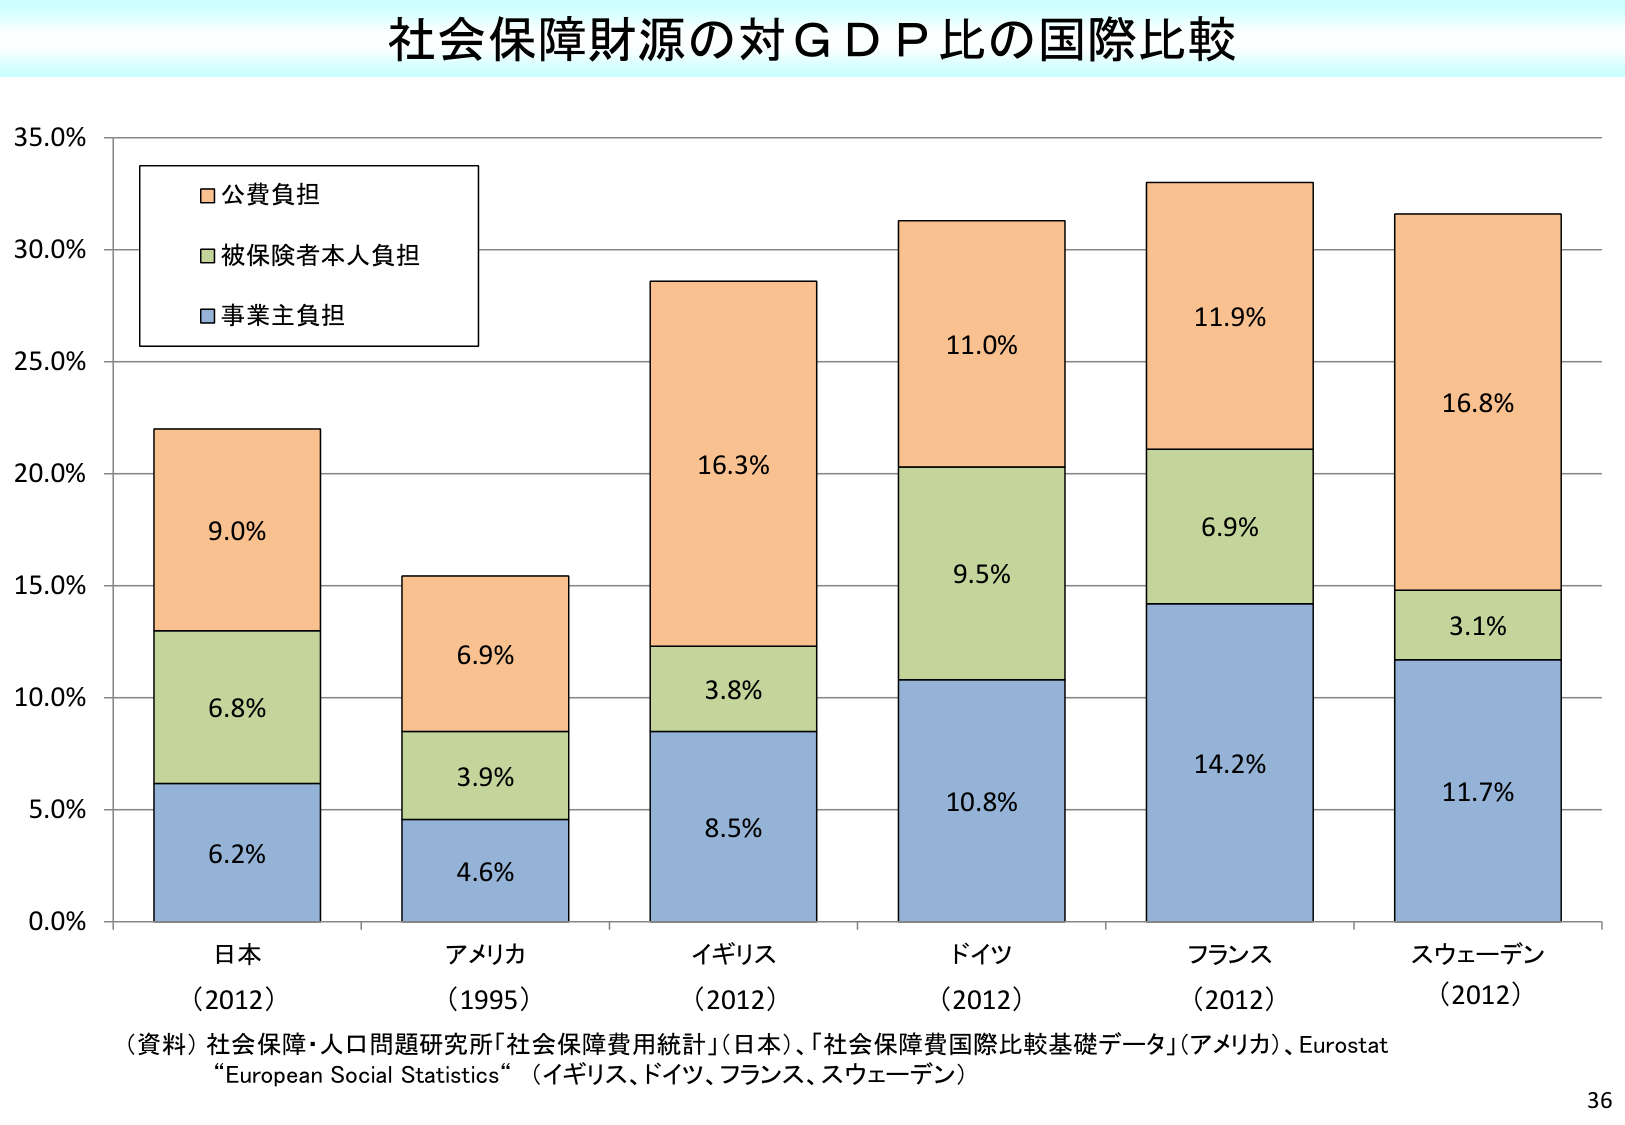
社会保障財源の対ＧＤＰ比の国際比較

35.0%
30.0%
25.0%
20.0%
15.0%
10.0%
5.0%
0.0%

公費負担
被保険者本人負担
事業主負担

9.0%
6.8%
6.2%

6.9%
3.9%
4.6%

16.3%
3.8%
8.5%

11.0%
9.5%
10.8%

11.9%
6.9%
14.2%

16.8%
3.1%
11.7%

日本
（2012）

アメリカ
（1995）

イギリス
（2012）

ドイツ
（2012）

フランス
（2012）

スウェーデン
（2012）

（資料）社会保障・人口問題研究所「社会保障費用統計」（日本）、「社会保障費国際比較基礎データ」（アメリカ）、Eurostat
“European Social Statistics”（イギリス、ドイツ、フランス、スウェーデン）

36